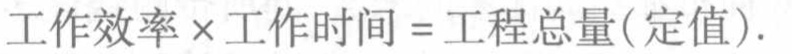
工作效率\times 工作时间 = 工程总量(定值).